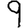
Digit: 9